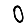
Digit: 0